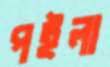
পইলা